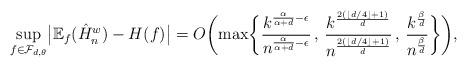
LaTeX: \begin{align*}\sup_{f \in \mathcal{F}_{d,\theta}} \bigl| \mathbb{E}_f(\hat{H}_n^w) - H(f)\bigr| = O \biggl( \max \biggl\{ \frac{k^{\frac{\alpha}{\alpha+d} - \epsilon}}{n^{\frac{\alpha}{\alpha+d} - \epsilon}} \, , \, \frac{k^{\frac{2( \lfloor d/4 \rfloor +1)}{d}}}{n^{\frac{2( \lfloor d/4 \rfloor +1)}{d}}} \, , \, \frac{k^{\frac{\beta}{d}}}{n^{\frac{\beta}{d}}}\biggr\} \biggr),\end{align*}